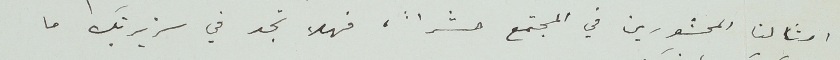
امثالنا المحشورين في المجتمع حشراً، فهلا تجد في سَريرتك ما